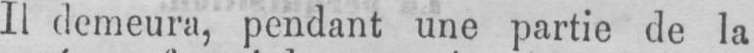
Il demeura, pendant une partie de la